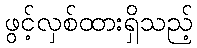
ဖွင့်လှစ်ထားရှိသည့်